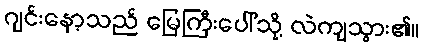
ဂျင်းနော့သည် မြေကြီးပေါ်သို့ လဲကျသွား၏။